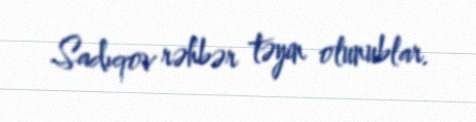
Sadıqov rəhbər təyin olunublar.